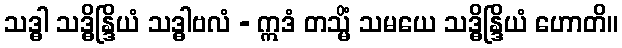
သဒ္ဓါ သဒ္ဓိန္ဒြိယံ သဒ္ဓါဗလံ - ဣဒံ တသ္မိံ သမယေ သဒ္ဓိန္ဒြိယံ ဟောတိ။